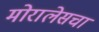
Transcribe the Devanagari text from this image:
मोरालेसचा